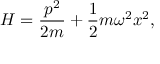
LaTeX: { H } = { \frac { { p } ^ { 2 } } { 2 m } } + { \frac { 1 } { 2 } } m \omega ^ { 2 } { x } ^ { 2 } ,